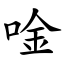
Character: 唫